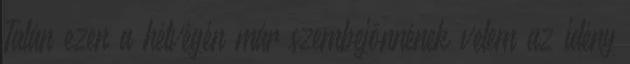
Talán ezen a hétvégén már szembejönnének velem az idény